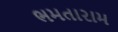
ભમતારામ